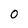
Character: 0